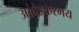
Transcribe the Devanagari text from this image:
आंबेडकरमय